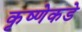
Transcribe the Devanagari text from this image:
कृष्णेकडे